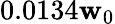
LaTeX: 0.0134\mathbf{w}_{0}